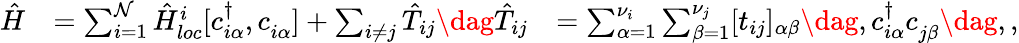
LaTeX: \begin{array}{rlr}{\hat{H}}&{=\sum_{i=1}^{\mathcal{N}}\hat{H}_{loc}^{i}[c_{i\alpha}^{\dagger},c_{i\alpha}^{\phantom{\dagger}}]+\sum_{i\neq j}\hat{T}_{ij}\dag\hat{T}_{ij}}&{=\sum_{\alpha=1}^{\nu_{i}}\sum_{\beta=1}^{\nu_{j}}[t_{ij}]_{\alpha\beta}\dag,c_{i\alpha}^{\dagger}c_{j\beta}^{\phantom{\dagger}}\dag,,}\end{array}